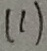
( 1 )